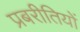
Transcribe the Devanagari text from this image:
प्रबरीतियों